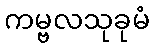
ကမ္ဗလသုခုမံ